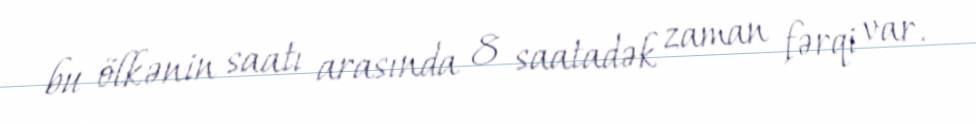
bu ölkənin saatı arasında 8 saatadək zaman fərqi var.